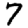
Digit: 7